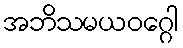
အဘိသမယဝဂ္ဂေါ